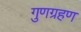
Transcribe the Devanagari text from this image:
गुणग्रहण